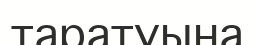
таратуына